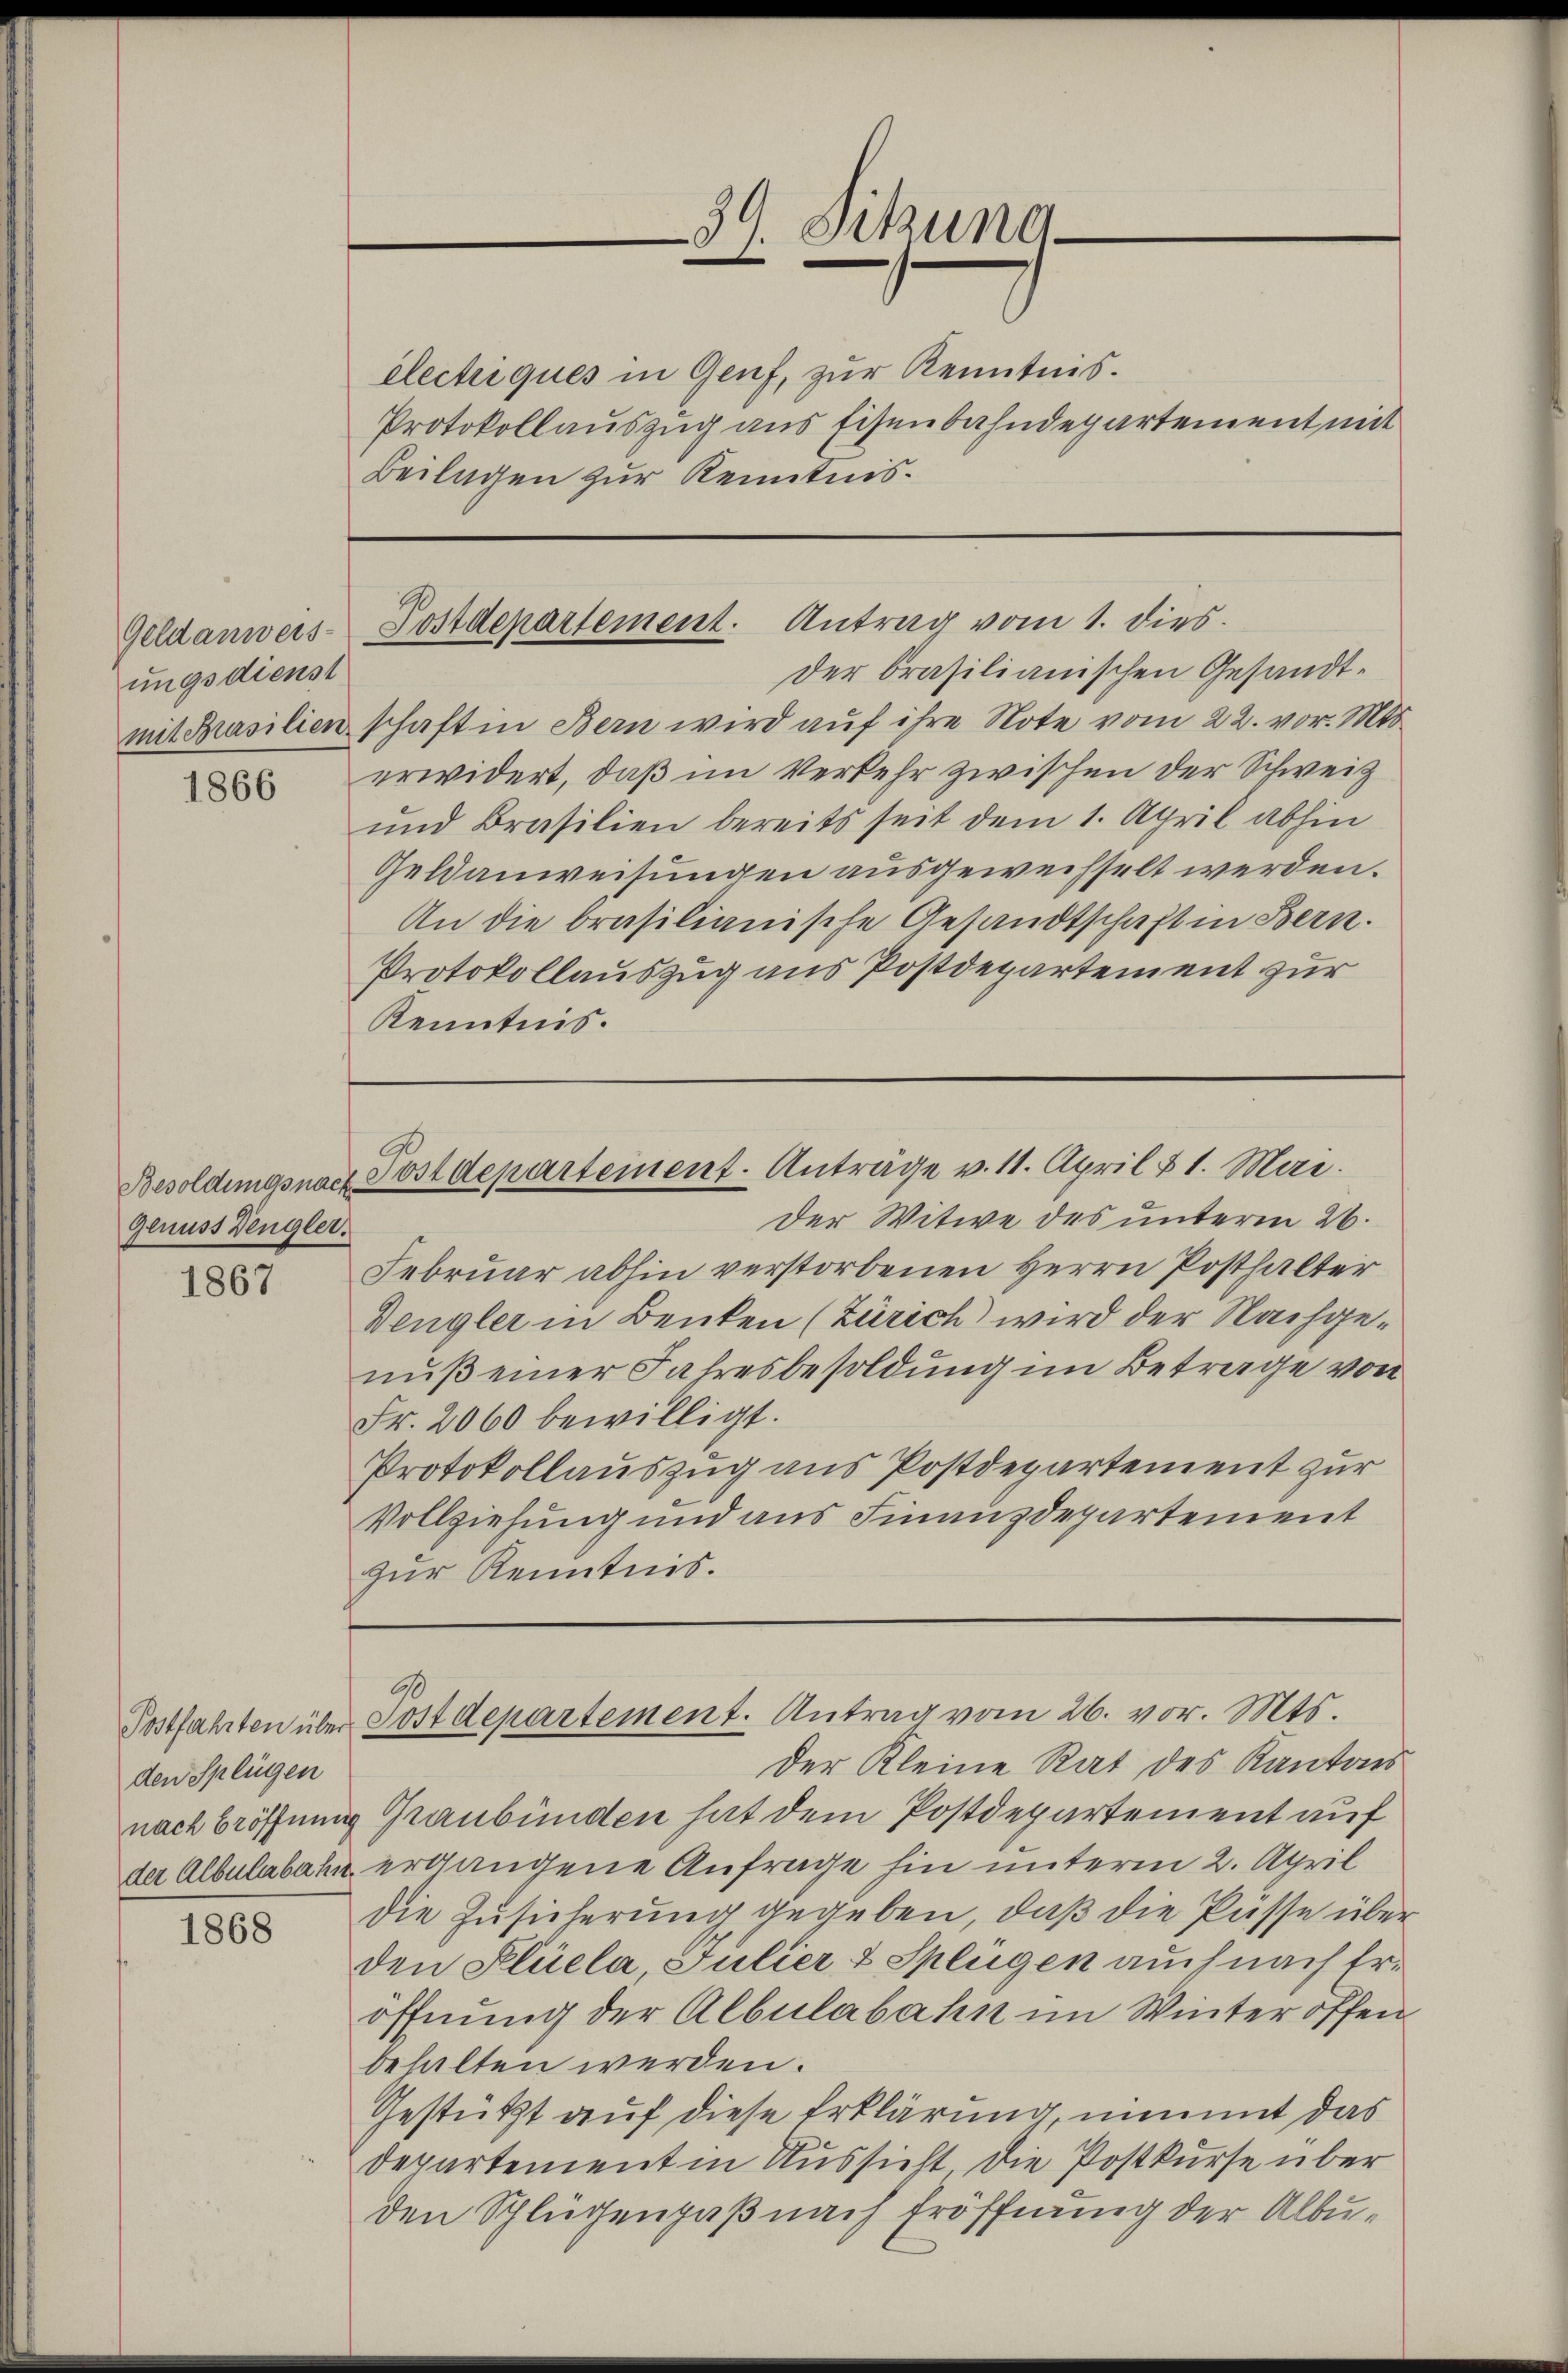
Geldanweis
ungsdienst

1866

Genuss Dengler.

1867

Postfahrten über
den Splügen

1868

électriques in Genf, zur Kenntnis.
Beilagen zur Kenntnis¬

Sitzung
d
d

Postdepartement. Antrag vom 1. dies

der brasilianischen Gesandtmit Brasilien schaft in Bern wird auf ihre Note vom 22. vor. Mts.
erwidert, daß im Verkehr zwischen der Schweiz
und Brasilien bereits seit dem 1. April abhin
Geldanweisungen ausgewechselt werden.
An die brasilianische Gesandtschaft in Bern.
Protokollauszug aus Postdepartement zur
Kenntnis.

Protokollauszug aus Eisenbahndepartement mit

Ge
Besoldungsnach Postdepartement. Anträge v. 11. April & 1. Mai.

der Witwe des unterm 26.
Februar abhin verstorbenen Herrn Posthalter
Dengler in Benken (Zürich wird der Nachgenuß einer Jahresbesoldung im Betrage von
Fr. 2060 bewilligt.
Protokollauszug aus Postdepartement zur
Vollziehung und aus Finanzdepartement
zur Kenntnis.

Postdepartement. Antrag vom 26. vor. Mts.

Der Kleine Rat des Kantons
nach Eröffnung Graubünden hat dem Postdepartement auf
der Albulabahn ergangene Anfrage hin unterm 2. April
die Zusicherung gegeben, daß die Pässe über
den Flüela Julier & Splügen auch nach Eröffnung der Albulabahn im Winter offen.
behalten werden.
Gestützt auf diese Erklärung, nimmt das
Departement in Aussicht die Postkurse über
den Schlügengaß nach Eröffnung der Albu¬